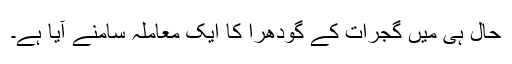
حال ہی میں گجرات کے گودھرا کا ایک معاملہ سامنے آیا ہے۔